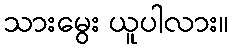
သားမွေး ယူပါလား။